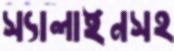
স্যালাইনসহ